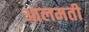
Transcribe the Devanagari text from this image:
आलमती